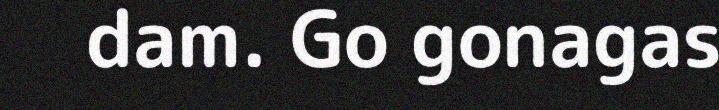
dam. Go gonagas